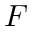
F